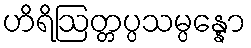
ဟိရိဩတ္တပ္ပသမ္ပန္နော